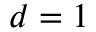
d = 1